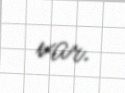
var.